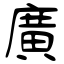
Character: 廣